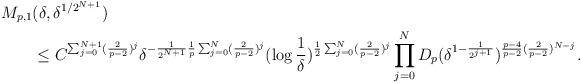
LaTeX: \begin{align*}M_{p, 1}&(\delta, \delta^{1/2^{N+1}})\\& \leq C^{\sum_{j = 0}^{N + 1}(\frac{2}{p - 2})^j}\delta^{-\frac{1}{2^{N + 1}}\frac{1}{p}\sum_{j = 0}^{N}(\frac{2}{p - 2})^{j}}(\log\frac{1}{\delta})^{\frac{1}{2}\sum_{j = 0}^{N}(\frac{2}{p - 2})^{j}}\prod_{j = 0}^{N}D_{p}(\delta^{1 - \frac{1}{2^{j + 1}}})^{\frac{p - 4}{p - 2}(\frac{2}{p - 2})^{N - j}}.\end{align*}